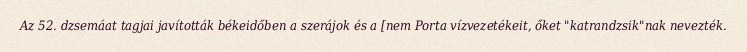
Az 52. dzsemáat tagjai javították békeidőben a szerájok és a [nem Porta vízvezetékeit, őket "katrandzsik"nak nevezték.